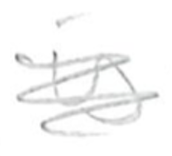
Text: is
Cross-out: scratch
Writing tool: pencil